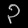
Digit: ၃